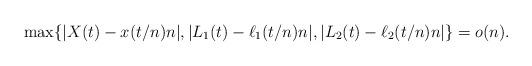
LaTeX: \begin{align*} \max\{|X(t) -x(t/n) n|,|L_{1}(t) - \ell_{1}(t/n) n|, |L_{2}(t) - \ell_{2}(t/n) n| \} = o(n). \end{align*}